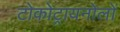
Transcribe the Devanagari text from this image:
टोकोट्रायनोलों